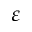
\varepsilon